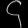
Digit: ၄